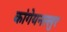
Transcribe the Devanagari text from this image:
कांगेयनल्लुर